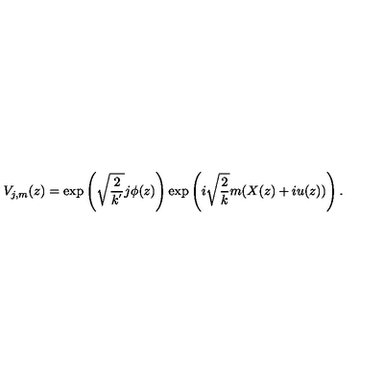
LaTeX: V _ { j , m } ( z ) = \exp \left( \sqrt { \frac { 2 } { k ^ { ' } } } j \phi ( z ) \right) \exp \left( i \sqrt { \frac { 2 } { k } } m ( X ( z ) + i u ( z ) ) \right) .